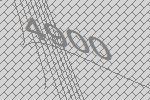
4900